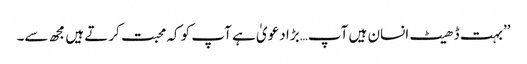
’’بہت ڈھیٹ انسان ہیں آپ…بڑا دعویٰ ہے آپ کو کہ محبت کرتے ہیں مجھ سے۔